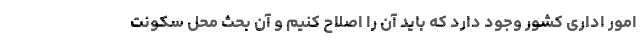
امور اداری کشور وجود دارد که باید آن را اصلاح کنیم و آن بحث محل سکونت